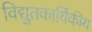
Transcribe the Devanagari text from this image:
विद्युतकार्यिकीय